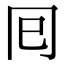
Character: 囘